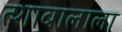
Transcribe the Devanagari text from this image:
त्शाबालाला